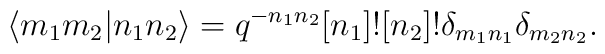
\langle m_1m_2\vert n_1n_2\rangle = q^{-n_1n_2}[n_1]![n_2]!\delta_{m_1n_1}\delta_{m_2 n_2}.